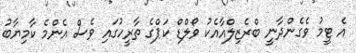
އެ ޓީމު ވެގެންދާނީ ބްރެޒިލްއާއެކު ވޯލްޑް ކަޕްގެ ތާރީހުގައި ވެސް އެންމެ ކާމިޔާބު